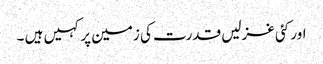
اور کئی غزلیں قدرت کی زمین پر کہیں ہیں ۔